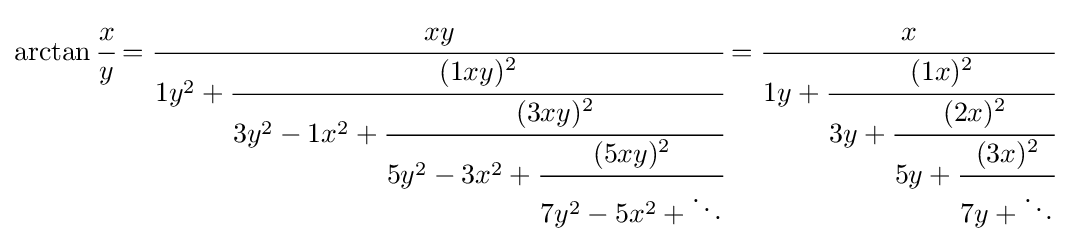
\arctan {\cfrac {x}{y}}={\cfrac {xy}{1y^{2}+{\cfrac {(1xy)^{2}}{3y^{2}-1x^{2}+{\cfrac {(3xy)^{2}}{5y^{2}-3x^{2}+{\cfrac {(5xy)^{2}}{7y^{2}-5x^{2}+\ddots }}}}}}}}={\cfrac {x}{1y+{\cfrac {(1x)^{2}}{3y+{\cfrac {(2x)^{2}}{5y+{\cfrac {(3x)^{2}}{7y+\ddots }}}}}}}}